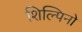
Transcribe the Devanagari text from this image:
शिल्पिनो